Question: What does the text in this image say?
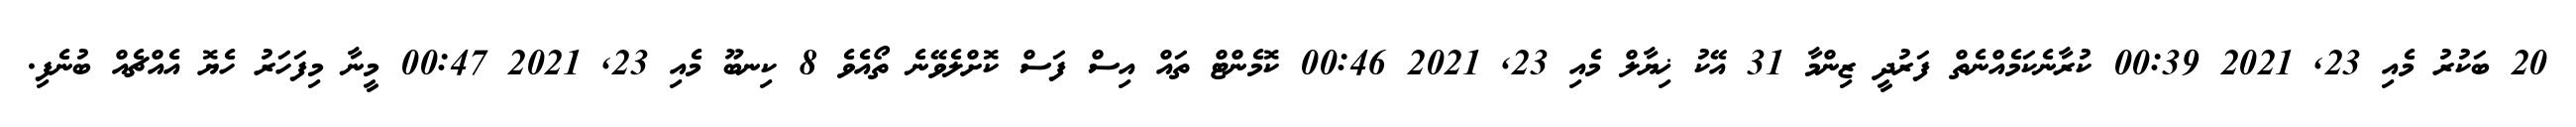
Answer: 20 ބަކުރު މެއި 23, 2021 00:39 ކުރާނެކަމެއްނެތް ފަރުދީ ޒިންމާ 31 އޭކު ޚިޔާލް މެއި 23, 2021 00:46 ކޮމެންޓް ތައް އިސް ފަސް ކޮށްލެވޭނެ ތޯއެވެ 8 ކިނބޫ މެއި 23, 2021 00:47 މީނާ މިފަހަރު ހެޔޮ އެއްޗެއް ބުނެފި.